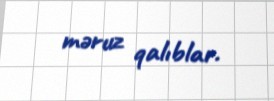
məruz qalıblar.